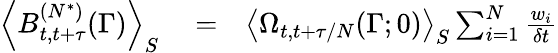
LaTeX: \begin{array}{rlr}{\left<B_{t,t+\tau}^{(N^{*})}(\Gamma)\right>_{S}}&{{}=}&{\left<\Omega_{t,t+\tau/N}(\Gamma;0)\right>_{S}\sum_{i=1}^{N}\frac{w_{i}}{\delta t}}\end{array}